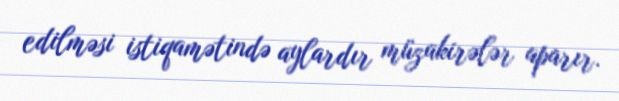
edilməsi istiqamətində aylardır müzakirələr aparır.